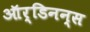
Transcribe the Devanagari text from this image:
ऑर्डिनन्स